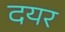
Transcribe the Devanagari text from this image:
दयर